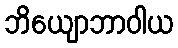
ဘိယျောဘာဝါယ